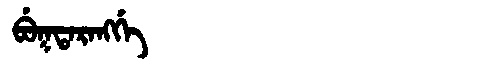
Manchu: ᠪᡠᡴᡨᠠᡵᠠᠩᡤᡝ
Romanization: BUKTARANGGE